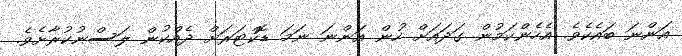
އަންނަ ބައެކެވެ. އެހެންކަމުން ގަދައަށް ހުން އަންނަ ނަމަ ޑޮކްޓަރަށް ދެއްކުން ލަސްނުކުރާށެވެ.